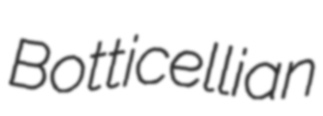
Botticellian